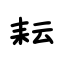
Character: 耘